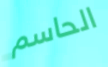
الحاسم